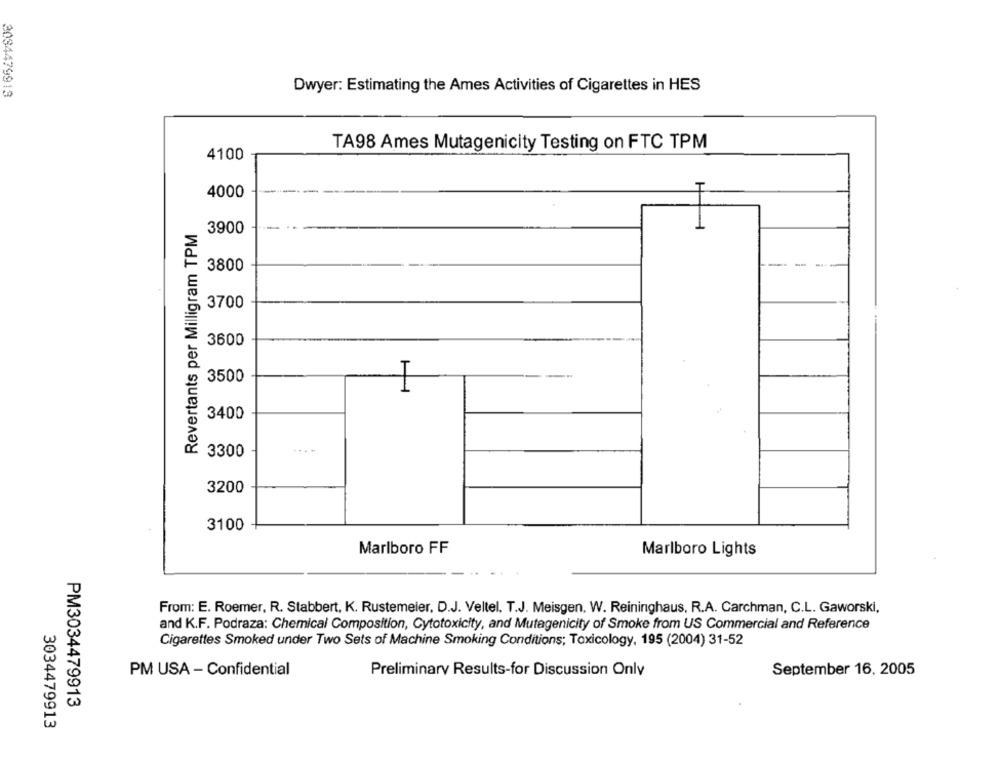
Dwyer: Estimating the Ames Activities of Cigarettes in HES
3034479913
TA98 Ames Mutagenicity Testing on FTC TPM
4100
T
4000
Revertants per Milligram TPM
3900
3800
3700
3600
3500
3400
....
3300
3200
3100
Marlboro FF
Marlboro Lights
From: E. Roemer, R. Stabbert, K. Rustemeier, D.J. Veltel. T.J. Meisgen. W. Reininghaus, R.A. Carchman, C.L. Gaworski,
and K.F. Podraza: Chemical Composition, Cytotoxicity, and Mutagenicity of Smoke from US Commercial and Reference
Cigarettes Smoked under Two Sets of Machine Smoking Conditions; Toxicology, 195 (2004) 31-52
September 16, 2005
PM USA - Confidential
Preliminary Results-for Discussion Only
PM3034479913
3034479913